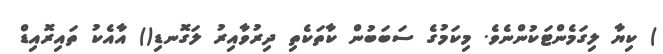
) ކިޔާ ލިގަމެންޓަކުންނެވެ. މިކަމުގެ ސަބަބުން ކާތަކެތި ދިރުވާއިރު ލަގޮނޑި() އާއެކު ތައިރޮއިޑް